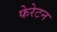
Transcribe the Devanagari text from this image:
फेरेटन